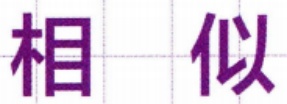
相似